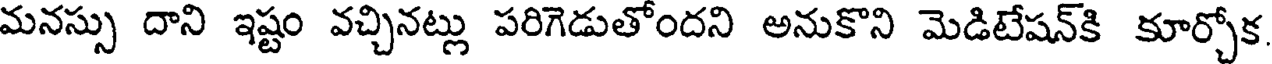
మనస్సు దాని ఇష్టం వచ్చినట్లు పరిగెడుతోందని అనుకొని మెడిటేషన్కి కూర్చోక